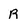
Character: R